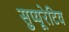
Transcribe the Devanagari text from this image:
सुप्यूरेटिव